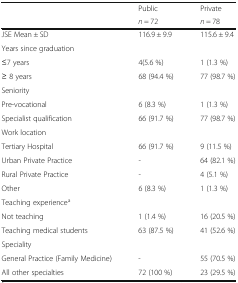
<table><thead><tr><td rowspan="2"></td><td><b>Public</b></td><td><b>Private</b></td></tr><tr><td><b><i>n</i> = 72</b></td><td><b><i>n</i> = 78</b></td></tr></thead><tbody><tr><td>JSE Mean ± SD</td><td>116.9 ± 9.9</td><td>115.6 ± 9.4</td></tr><tr><td colspan="3">Years since graduation</td></tr><tr><td>≤7 years</td><td>4(5.6 %)</td><td>1 (1.3 %)</td></tr><tr><td>≥ 8 years</td><td>68 (94.4 %)</td><td>77 (98.7 %)</td></tr><tr><td colspan="3">Seniority</td></tr><tr><td>Pre-vocational</td><td>6 (8.3 %)</td><td>1 (1.3 %)</td></tr><tr><td>Specialist qualification</td><td>66 (91.7 %)</td><td>77 (98.7 %)</td></tr><tr><td colspan="3">Work location</td></tr><tr><td>Tertiary Hospital</td><td>66 (91.7 %)</td><td>9 (11.5 %)</td></tr><tr><td>Urban Private Practice</td><td>-</td><td>64 (82.1 %)</td></tr><tr><td>Rural Private Practice</td><td>-</td><td>4 (5.1 %)</td></tr><tr><td>Other</td><td>6 (8.3 %)</td><td>1 (1.3 %)</td></tr><tr><td colspan="3">Teaching experience<sup>a</sup></td></tr><tr><td>Not teaching</td><td>1 (1.4 %)</td><td>16 (20.5 %)</td></tr><tr><td>Teaching medical students</td><td>63 (87.5 %)</td><td>41 (52.6 %)</td></tr><tr><td colspan="3">Speciality</td></tr><tr><td>General Practice (Family Medicine)</td><td>-</td><td>55 (70.5 %)</td></tr><tr><td>All other specialties</td><td>72 (100 %)</td><td>23 (29.5 %)</td></tr></tbody></table>